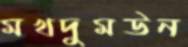
মখদুমউন